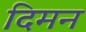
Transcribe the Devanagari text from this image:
दिमन